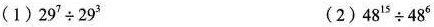
(1)$$29^{7} \div 29^{3}$$ (2)$$48^{15} \div 48^{6}$$